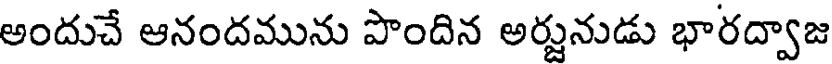
అందుచే ఆనందమును పొందిన అర్జునుడు భారద్వాజ